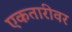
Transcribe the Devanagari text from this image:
एकतारीवर